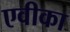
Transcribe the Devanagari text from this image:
एवीका